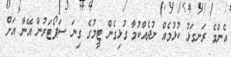
އެންމެ ރަނގަޅު ކުޅުމެއް ނުދެއްކުމާ ގުޅިގެން ޓީމުގެ ގިނަ ސަޕޯޓަރުން އޭނާ އަށް